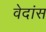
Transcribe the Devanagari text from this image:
वेदांस